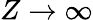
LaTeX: Z\to\infty